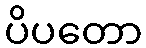
ပိပတော